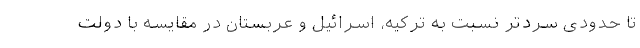
تا حدودی سردتر نسبت به ترکیه، اسرائیل و عربستان در مقایسه با دولت